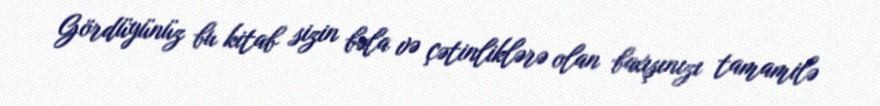
Gördüyünüz bu kitab sizin bəla və çətinliklərə olan baxışınızı tamamilə